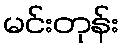
မင်းတုန်း